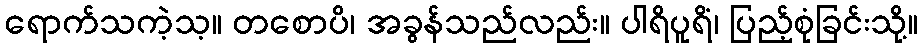
ရောက်သကဲ့သ့။ တစောပိ၊ အခွန်သည်လည်း။ ပါရိပူရိံ၊ ပြည့်စုံခြင်းသို့။